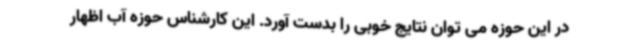
در این حوزه می توان نتایج خوبی را بدست آورد. این کارشناس حوزه آب اظهار